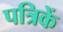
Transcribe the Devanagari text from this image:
पत्रिकें